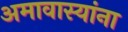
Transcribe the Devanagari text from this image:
अमावास्यांना